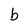
Character: b